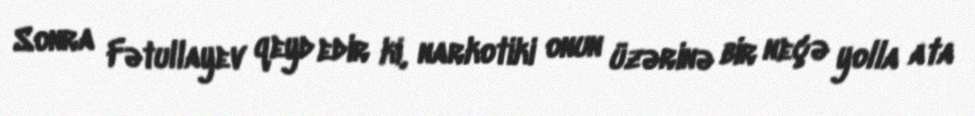
Sonra Fətullayev qeyd edir ki, narkotiki onun üzərinə bir neçə yolla ata